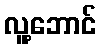
လူ့ဘောင်